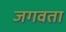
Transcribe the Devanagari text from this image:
जगवता